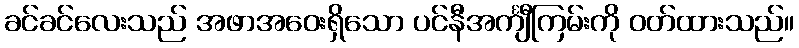
ခင်ခင်လေးသည် အဖာအဝေးရှိသော ပင်နီအင်္ကျီကြမ်းကို ဝတ်ထားသည်။